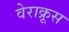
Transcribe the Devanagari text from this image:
वेराक्रूस